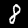
Label: 8